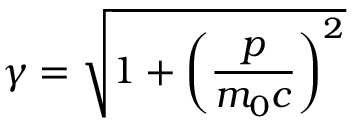
\gamma = { \sqrt { 1 + \left( { \frac { p } { m _ { 0 } c } } \right) ^ { 2 } } }